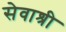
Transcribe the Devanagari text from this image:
सेवाश्री